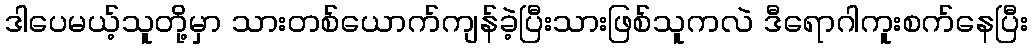
ဒါပေမယ့်သူတို့မှာ သားတစ်ယောက်ကျန်ခဲ့ပြီးသားဖြစ်သူကလဲ ဒီရောဂါကူးစက်နေပြီး